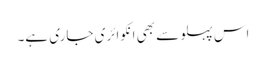
اس پہلو سے بھی انکوائری جاری ہے۔